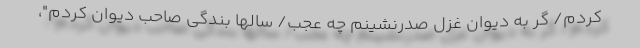
کردم/ گر به دیوان غزل صدرنشینم چه عجب/ سالها بندگی صاحب دیوان کردم"،